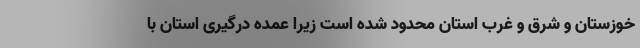
خوزستان و شرق و غرب استان محدود شده است زیرا عمده درگیری استان با